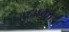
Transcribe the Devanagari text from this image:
एअका